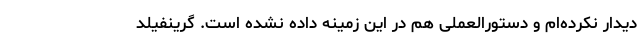
دیدار نکرده‌ام و دستورالعملی هم در این زمینه داده نشده است. گرینفیلد